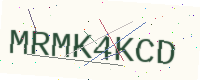
Text: MRMK4KCD